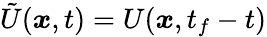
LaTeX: \tilde{U}({\boldsymbol{x}},t)=U({\boldsymbol{x}},t_{f}-t)